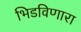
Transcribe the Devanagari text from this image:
भिडविणारा